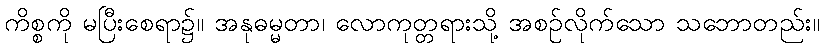
ကိစ္စကို မပြီးစေရာ၌။ အနုဓမ္မတာ၊ လောကုတ္တရားသို့ အစဉ်လိုက်သော သဘောတည်း။